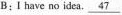
B：I have no idea.\underline{47}